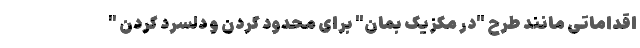
اقداماتی مانند طرح "در مکزیک بمان" برای محدود کردن و دلسرد کردن "